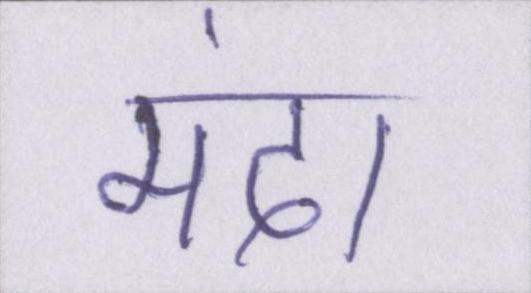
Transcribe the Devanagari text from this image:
मंदा